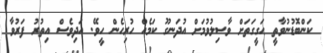
ކަންބޮޑުނުވާތީ ޙަގީގަތަށް ވާސިލުވުމަށް އުދަނގޫ ކަމެއް ހުރިހެން ހީވޭ. އަދިވެސް އިތުރު ފަރުވާ